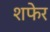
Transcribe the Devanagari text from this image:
शफेर